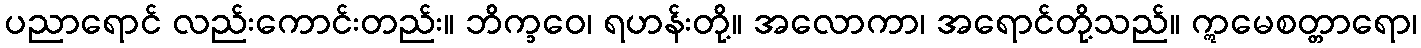
ပညာရောင် လည်းကောင်းတည်း။ ဘိက္ခဝေ၊ ရဟန်းတို့။ အလောကာ၊ အရောင်တို့သည်။ ဣမေစတ္တာရော၊